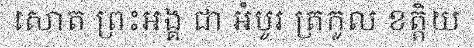
សោត ព្រះអង្គ ជា អំបូរ ត្រកូល ខត្តិយ